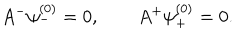
A ^ { - } \psi _ { - } ^ { ( 0 ) } = 0 , \qquad A ^ { + } \psi _ { + } ^ { ( 0 ) } = 0 .